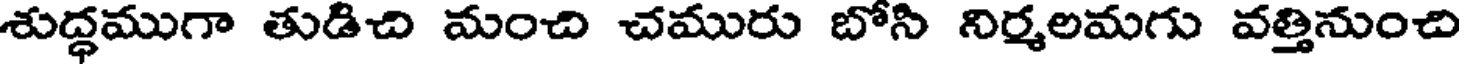
శుద్ధముగా తుడిచి మంచి చమురు బోసి నిర్మలమగు వత్తినుంచి